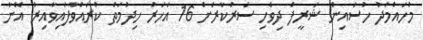
މުހައްމަދު ހުސައިން ޝަރީފް ދިވެހި ސަރުކާރަށް 16 އަހަރު ހިދުމަތް ކުރައްވާފައިވާއިރު އޭނާ